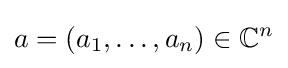
a=(a_{1},\dots ,a_{n})\in \mathbb {C} ^{n}